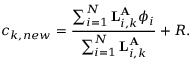
c _ { k , n e w } = \frac { \sum _ { i = 1 } ^ { N } { \bf L } _ { i , k } ^ { { \bf A } } \phi _ { i } } { \sum _ { i = 1 } ^ { N } { \bf L } _ { i , k } ^ { { \bf A } } } + R .